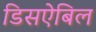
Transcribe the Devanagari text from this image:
डिसऐबिल